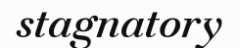
stagnatory